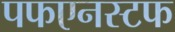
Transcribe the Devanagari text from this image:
पफएनस्टफ